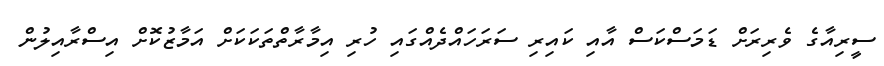
ސީރިއާގެ ވެރިރަށް ޑަމަސްކަސް އާއި ކައިރި ސަރަހައްދެއްގައި ހުރި އިމާރާާތްތަކަކަށް އަމާޒުކޮށް އިސްރާއިލުން